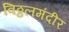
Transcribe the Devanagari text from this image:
विठ्ठलमंदीर